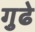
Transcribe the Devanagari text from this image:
गुढे